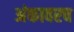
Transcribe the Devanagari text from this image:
अंकावरच